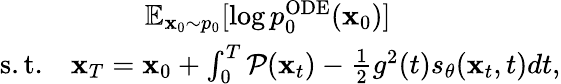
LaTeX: \begin{array}{r}{\mathbb{E}_{\mathbf{x}_{0}\sim p_{0}}[\log p_{0}^{\mathrm{ODE}}(\mathbf{x}_{0})]\qquad\qquad\qquad}\\ {\mathrm{s.t.}\quad\mathbf{x}_{T}=\mathbf{x}_{0}+\int_{0}^{T}\mathcal{P}(\mathbf{x}_{t})-\frac{1}{2}g^{2}(t)s_{\theta}(\mathbf{x}_{t},t)dt,}\end{array}